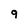
Character: q